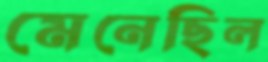
মেনেছিল